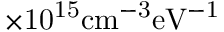
\mathrm { \times 1 0 ^ { 1 5 } c m ^ { - 3 } } \mathrm { e V ^ { - 1 } }